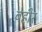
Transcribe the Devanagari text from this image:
बेहीर